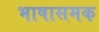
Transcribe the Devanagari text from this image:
भाषासमक